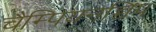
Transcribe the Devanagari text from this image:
चैम्पियनच्चिप